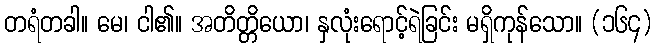
တရံတခါ။ မေ၊ ငါ၏။ အတိတ္တိယော၊ နှလုံးရောင့်ရဲခြင်း မရှိကုန်သော။ (၁၆၄)